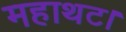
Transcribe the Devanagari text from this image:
महाथट।